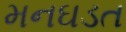
મનઘડત